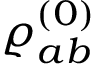
\varrho _ { a b } ^ { ( 0 ) }